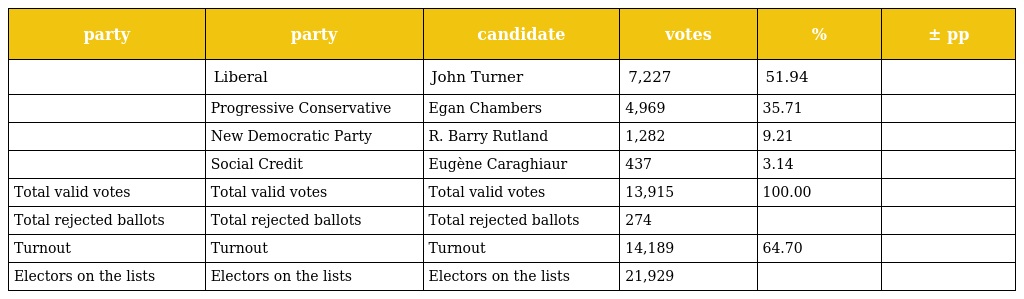
| party | party | candidate | votes | % | ± pp |
 | --- | --- | --- | --- | --- | --- |
 |  | Liberal | John Turner | 7,227 | 51.94 |  |
 |  | Progressive Conservative | Egan Chambers | 4,969 | 35.71 |  |
 |  | New Democratic Party | R. Barry Rutland | 1,282 | 9.21 |  |
 |  | Social Credit | Eugène Caraghiaur | 437 | 3.14 |  |
 | Total valid votes | Total valid votes | Total valid votes | 13,915 | 100.00 |  |
 | Total rejected ballots | Total rejected ballots | Total rejected ballots | 274 |  |  |
 | Turnout | Turnout | Turnout | 14,189 | 64.70 |  |
 | Electors on the lists | Electors on the lists | Electors on the lists | 21,929 |  |  |